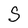
Character: S